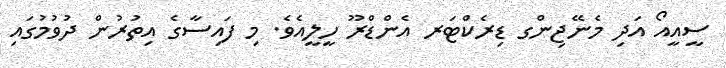
ސީއީއޯ އަދި މެނޭޖިންގ ޑިރެކްޓަރ އެންޑްރޫ ހީލީއެވެ. މި ފައިސާގެ އިތުރުން ދުވުމުގައި